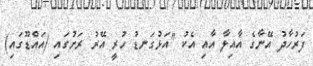
ފަރުހާދު އޭނާގެ އާއިލާ އާއި އެކު "އަޅުގަނޑު ހުރީ އޭރު ރަށުގައި (އައްޑޫގައި)